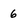
Character: 6